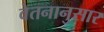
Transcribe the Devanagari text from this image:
वेतनानुसार